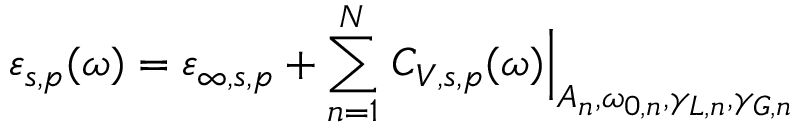
\varepsilon _ { s , p } ( \omega ) = \varepsilon _ { \infty , s , p } + \sum _ { n = 1 } ^ { N } \left. C _ { V , s , p } ( \omega ) \right\vert _ { A _ { n } , \omega _ { 0 , n } , \gamma _ { L , n } , \gamma _ { G , n } }